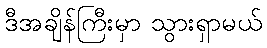
ဒီအချိန်ကြီးမှာ သွားရှာမယ်